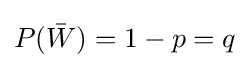
P({\bar {W}})=1-p=q